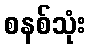
စနစ်သုံး